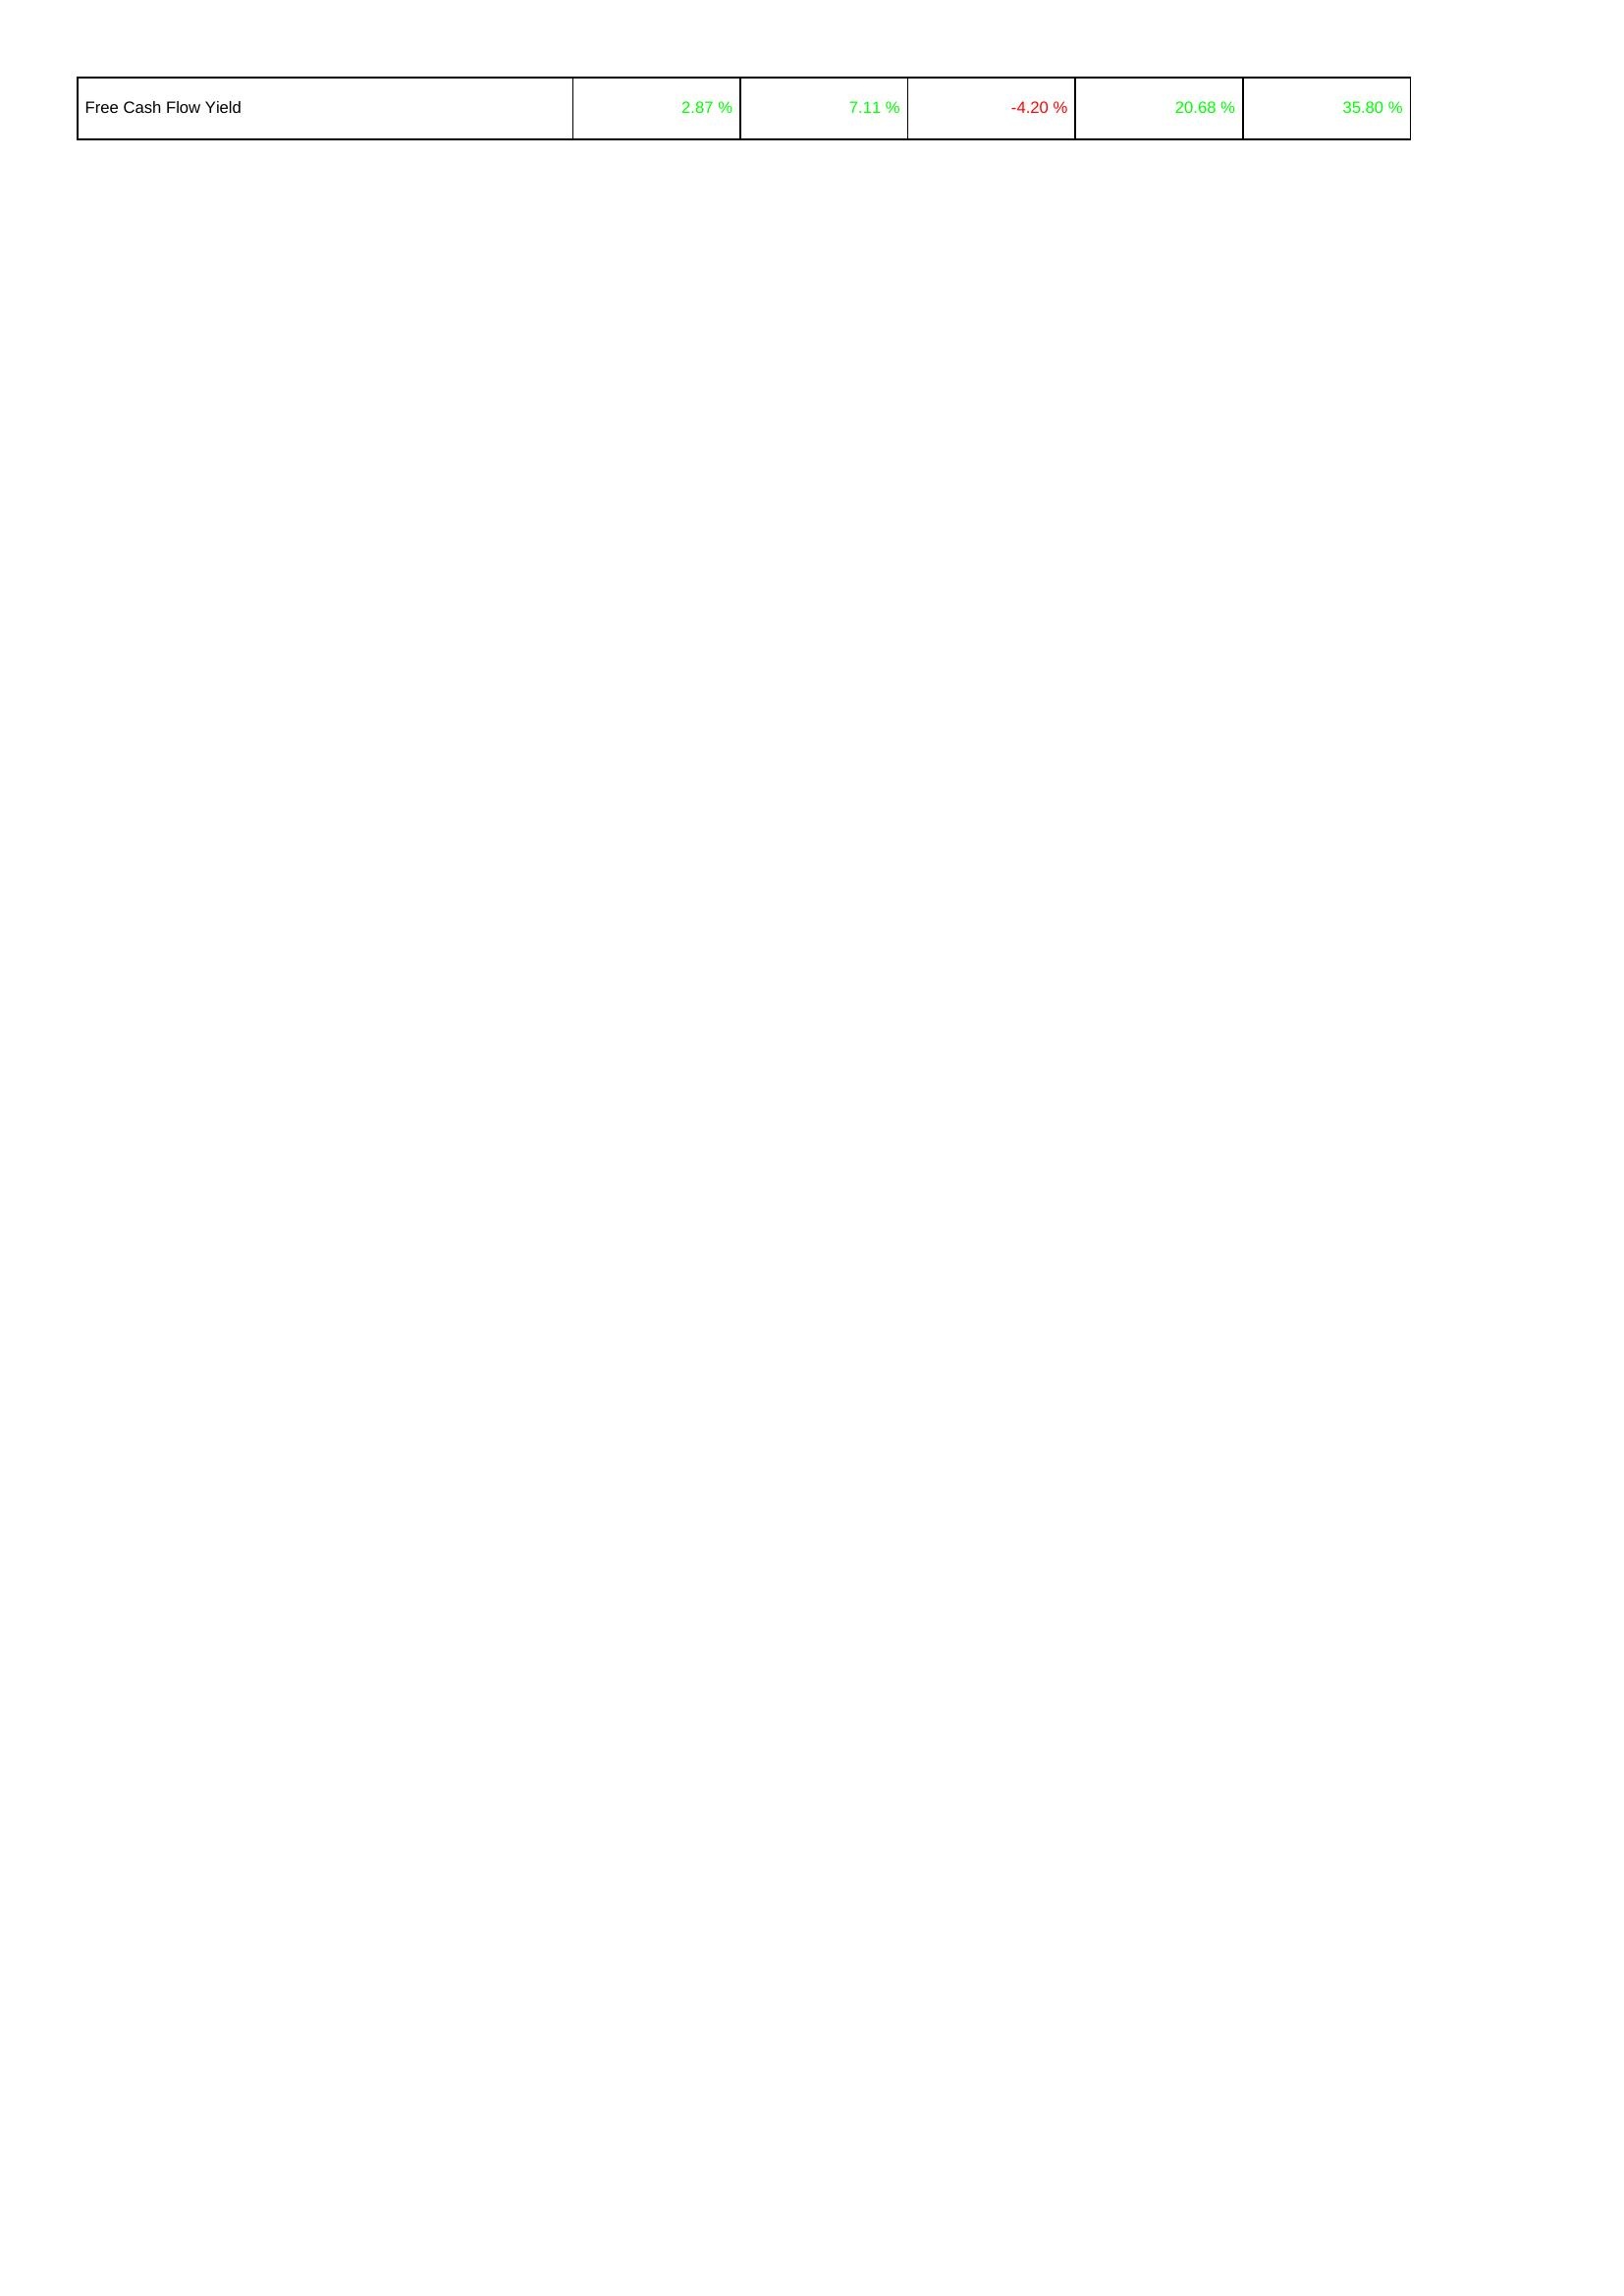
2024: Financing Activities: Free Cash Flow Yield: 2.87 %
2023: Financing Activities: Free Cash Flow Yield: 7.11 %
2022: Financing Activities: Free Cash Flow Yield: -4.20 %
2021: Financing Activities: Free Cash Flow Yield: 20.68 %
2020: Financing Activities: Free Cash Flow Yield: 35.80 %